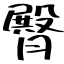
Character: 臀